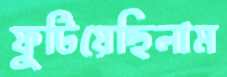
ফুটিয়েছিলাম